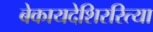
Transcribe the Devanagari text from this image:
बेकायदेशिररित्या